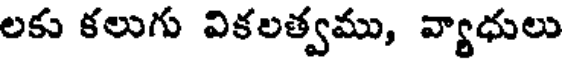
లకు కలుగు వికలత్వము, వ్యాధులు